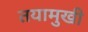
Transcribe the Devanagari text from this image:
तयामुखी